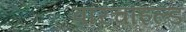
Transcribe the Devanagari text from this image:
वारचाइल्ड